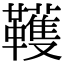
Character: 韄